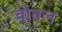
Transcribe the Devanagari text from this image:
वोबल